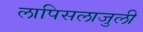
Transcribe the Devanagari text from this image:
लापिसलाजुली